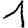
Digit: 1